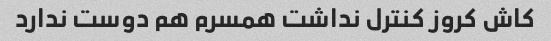
کاش کروز کنترل نداشت همسرم هم دوست ندارد